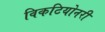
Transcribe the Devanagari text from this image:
विकटियोनरी